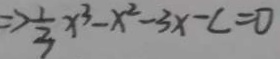
\Rightarrow \frac { 1 } { 3 } x ^ { 3 } - x ^ { 2 } - 3 x - c = 0